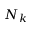
N _ { k }